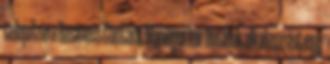
telepítse a Business Contact Manager for Outlook alkalmazást egy